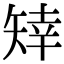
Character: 䂔